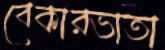
বেকারভাতা